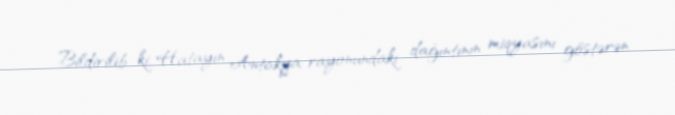
Bildirilib ki, Hatayın Antakya rayonundakı dağıntının miqyasını göstərən